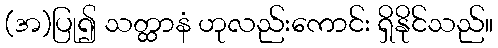
(အ)ပြု၍ သတ္ထာနံ ဟုလည်းကောင်း ရှိနိုင်သည်။